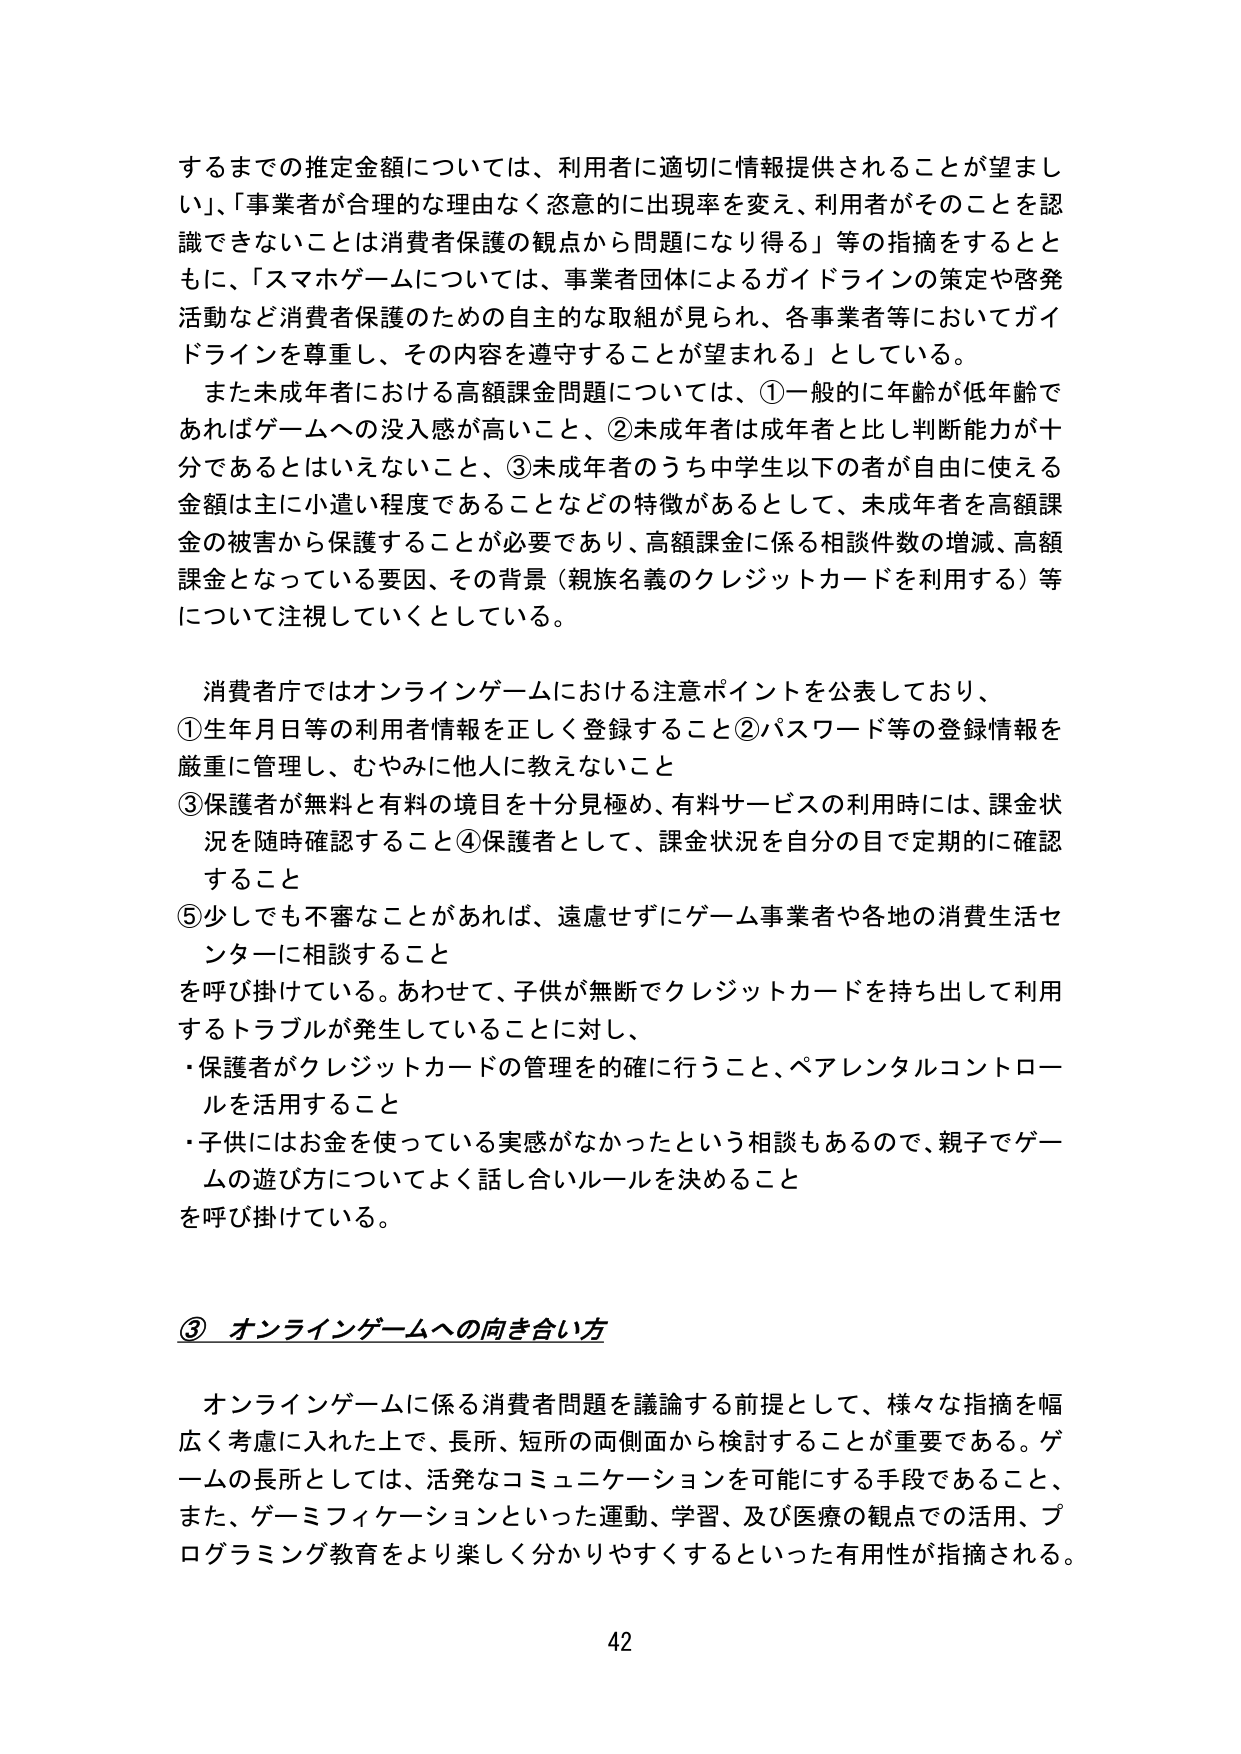
するまでの推定金額については、利用者に適切に情報提供されることが望ましい」、「事業者が合理的な理由なく恣意的に出現率を変え、利用者がそのことを認識できないことは消費者保護の観点から問題になり得る」等の指摘をするとともに、「スマホゲームについては、事業者団体によるガイドラインの策定や啓発活動など消費者保護のための自主的な取組が見られ、各事業者等においてガイドラインを尊重し、その内容を遵守することが望まれる」としている。

また未成年者における高額課金問題については、①一般的に年齢が低年齢であればゲームへの没入感が高いこと、②未成年者は成人者と比し判断能力が十分であるとはいえないこと、③未成年者のうち中学生以下の者が自由に使える金額は主に小遣い程度であることなどの特徴があるとして、未成年者を高額課金の被害から保護することが必要であり、高額課金に係る相談件数の増減、高額課金となっている要因、その背景（親族名義のクレジットカードを利用する）等について注視していくとしている。

消費者庁ではオンラインゲームにおける注意ポイントを公表しており、
①生年月日等の利用者情報を正しく登録すること
②パスワード等の登録情報を厳重に管理し、むやみに他人に教えないこと
③保護者が無料と有料の境目を十分見極め、有料サービスの利用時には、課金状況を随時確認すること
④保護者として、課金状況を自分の目で定期的に確認すること
⑤少しでも不審なことがあれば、遠慮せずにゲーム事業者や各地の消費生活センターに相談すること
を呼び掛けている。あわせて、子供が無断でクレジットカードを持ち出して利用するトラブルが発生していることに対し、
・保護者がクレジットカードの管理を的確に行うこと、ペアレンタルコントロールを活用すること
・子供にはお金を使っている実感がなかったという相談もあるので、親子でゲームの遊び方についてよく話し合いルールを決めること
を呼び掛けている。

③ オンラインゲームへの向き合い方

オンラインゲームに係る消費者問題を議論する前提として、様々な指摘を幅広く考慮に入れた上で、長所、短所の両側面から検討することが重要である。ゲームの長所としては、活発なコミュニケーションを可能にする手段であること、また、ゲーミフィケーションといった運動、学習、及び医療の観点での活用、プログラミング教育をより楽しく分かりやすくするといった有用性が指摘される。

42